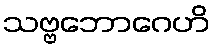
သဗ္ဗဘောဂေဟိ